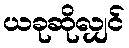
ယခုဆိုလျှင်